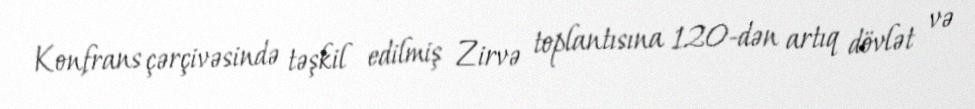
Konfrans çərçivəsində təşkil edilmiş Zirvə toplantısına 120-dən artıq dövlət və